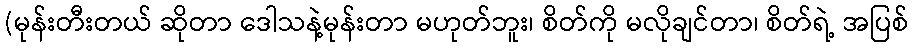
(မုန်းတီးတယ် ဆိုတာ ဒေါသနဲ့မုန်းတာ မဟုတ်ဘူး၊ စိတ်ကို မလိုချင်တာ၊ စိတ်ရဲ့ အပြစ်